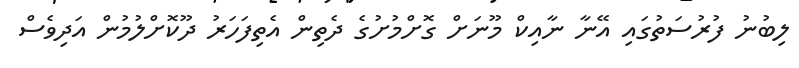
ލިބުނު ފުރުސަތުގައި އޭނާ ނާއިކް މޫނަށް ގޮށްމުށުގެ ދެތިން އެތިފަހަރު ދޫކޮށްލުމުން އަދިވެސް